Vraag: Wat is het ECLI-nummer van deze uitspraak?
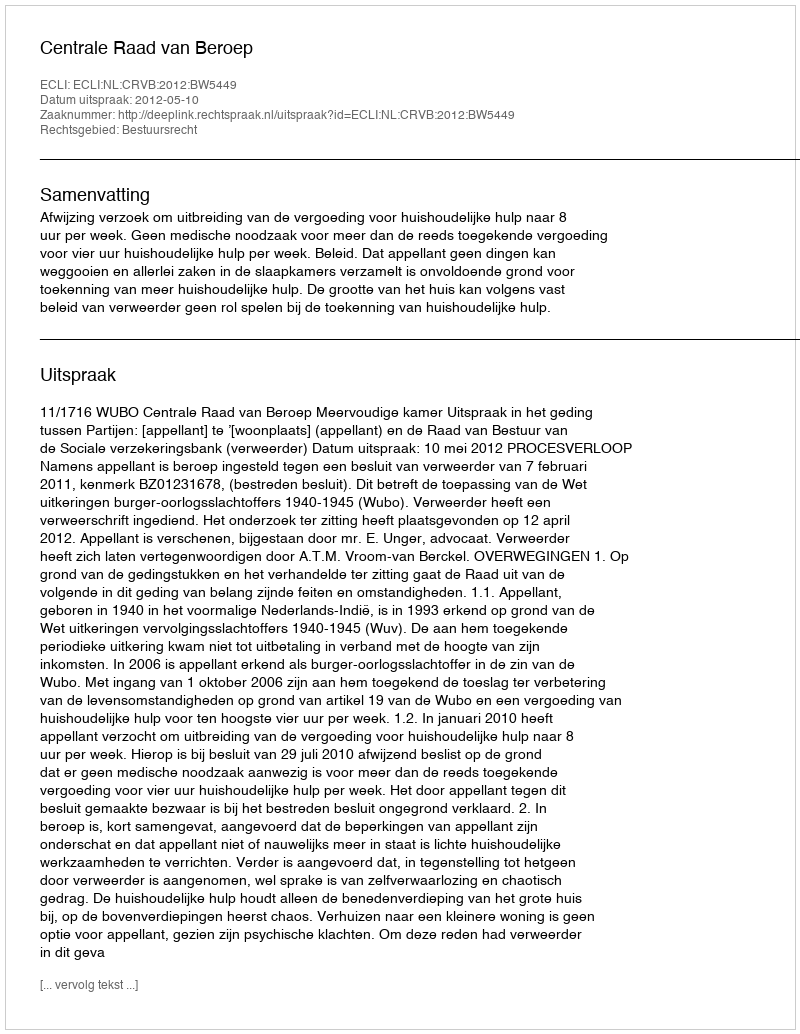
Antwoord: ECLI:NL:CRVB:2012:BW5449